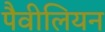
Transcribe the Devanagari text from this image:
पैवीलियन